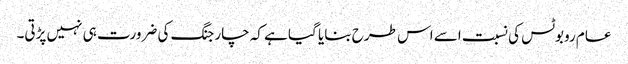
عام روبوٹس کی نسبت اسے اس طرح بنایا گیا ہے کہ چارجنگ کی ضرورت ہی نہیں پڑتی۔